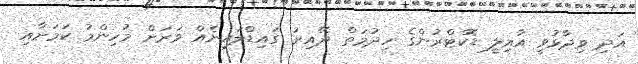
އަދި ވިދާޅުވީ އާއިލީ ޑޮކްޓްރުންގެ ހިދުމަތް ދޭއިރު ގައިޑްލައިނެއް ވަރަށް މުހިންމު ކަމަށާއި